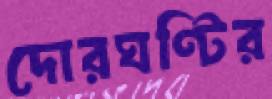
দোরঘণ্টির